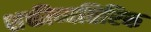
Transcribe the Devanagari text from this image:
शक्तीव्यतिरिक्त